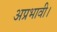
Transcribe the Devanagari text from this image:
अप्रभावी।